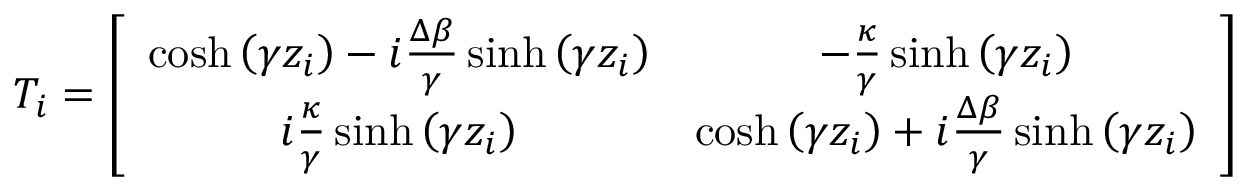
T _ { i } = \left[ \begin{array} { c c } { \cosh \left( \gamma z _ { i } \right) - i \frac { \Delta \beta } { \gamma } \sinh \left( \gamma z _ { i } \right) } & { - \frac { \kappa } { \gamma } \sinh \left( \gamma z _ { i } \right) } \\ { i \frac { \kappa } { \gamma } \sinh \left( \gamma z _ { i } \right) } & { \cosh \left( \gamma z _ { i } \right) + i \frac { \Delta \beta } { \gamma } \sinh \left( \gamma z _ { i } \right) } \end{array} \right]